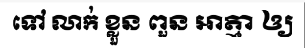
ទៅ លាក់ ខ្លួន ពួន អាត្មា ឲ្យ